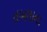
તબલાના